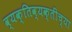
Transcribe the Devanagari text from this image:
व्यक्तिव्यक्तींच्या